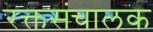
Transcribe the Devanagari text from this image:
रक्तसंचालक